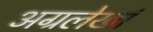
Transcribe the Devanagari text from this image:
अग्रलेखां